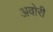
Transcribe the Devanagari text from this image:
अवोरी